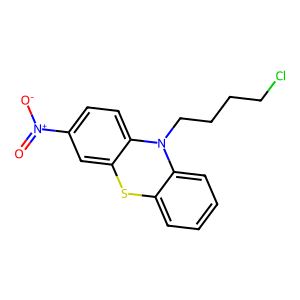
SMILES: O=[N+]([O-])c1ccc2c(c1)Sc1ccccc1N2CCCCCl
Inhibits HIV replication: No